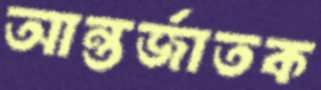
আন্তর্জাতক